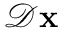
{ \mathcal { D } } \mathbf { x }